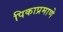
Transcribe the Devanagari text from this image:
पिकाप्रमाणे